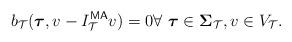
LaTeX: \begin{align*}b_{\mathcal{T}}(\boldsymbol{\tau}, v-I_{\mathcal{T}}^{\textsf{MA}}v)=0 \forall~\boldsymbol{\tau}\in \boldsymbol{\Sigma}_{\mathcal{T}}, v\in V_{\mathcal{T}}.\end{align*}